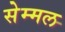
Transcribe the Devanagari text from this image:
सेम्मल